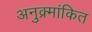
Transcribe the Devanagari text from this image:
अनुक्र्मांकित